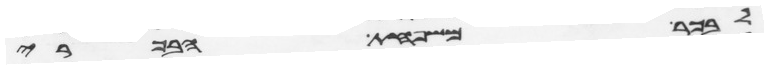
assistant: לבכר משפחת הבכרי